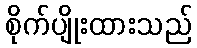
စိုက်ပျိုးထားသည်